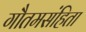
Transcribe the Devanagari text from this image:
गौतमसंहिता